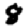
Digit: 8